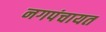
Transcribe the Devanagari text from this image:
नगपंचायत